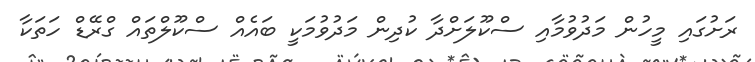
ރަށުގައި މީހުން މަދުވުމާއި ސްކޫލަށްދާ ކުދިން މަދުވުމަކީ ބައެއް ސްކޫލްތައް ގްރޭޑް ހަތަކާ